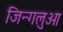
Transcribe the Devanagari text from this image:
जिन्गलुओ